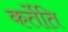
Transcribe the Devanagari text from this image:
कर्तेति